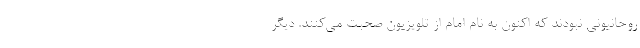
روحانیونی نبودند که اکنون به نام امام از تلویزیون صحبت می‌کنند. دیگر